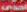
احدى